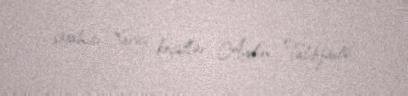
siyahısı Xarici keçidlər Aydın Talıbzadə.